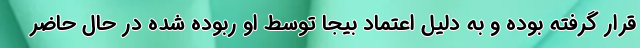
قرار گرفته بوده و به دلیل اعتماد بیجا توسط او ربوده شده در حال حاضر